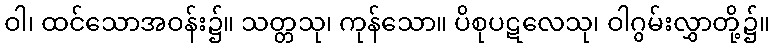
ဝါ၊ ထင်သောအဝန်း၌။ သတ္တသု၊ ကုန်သော။ ပိစုပဋလေသု၊ ဝါဂွမ်းလွှာတို့၌။